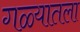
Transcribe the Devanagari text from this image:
गळ्यातला